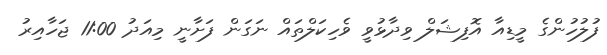
ފުލުހުންގެ މީޑިއާ އޮފިޝަލް ވިދާޅުވީ ވެހިކަލްތައް ނަގަން ފަށާނީ މިއަދު 11:00 ޖަހާއިރު